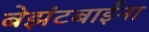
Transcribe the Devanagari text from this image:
बेझंटबाईंना